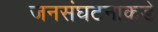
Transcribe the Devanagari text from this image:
जनसंघटनाकडे